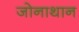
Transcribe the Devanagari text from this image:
जोनाथान